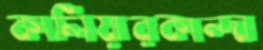
কালিয়ারকান্দা